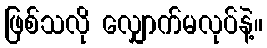
ဖြစ်သလို လျှောက်မလုပ်နဲ့။